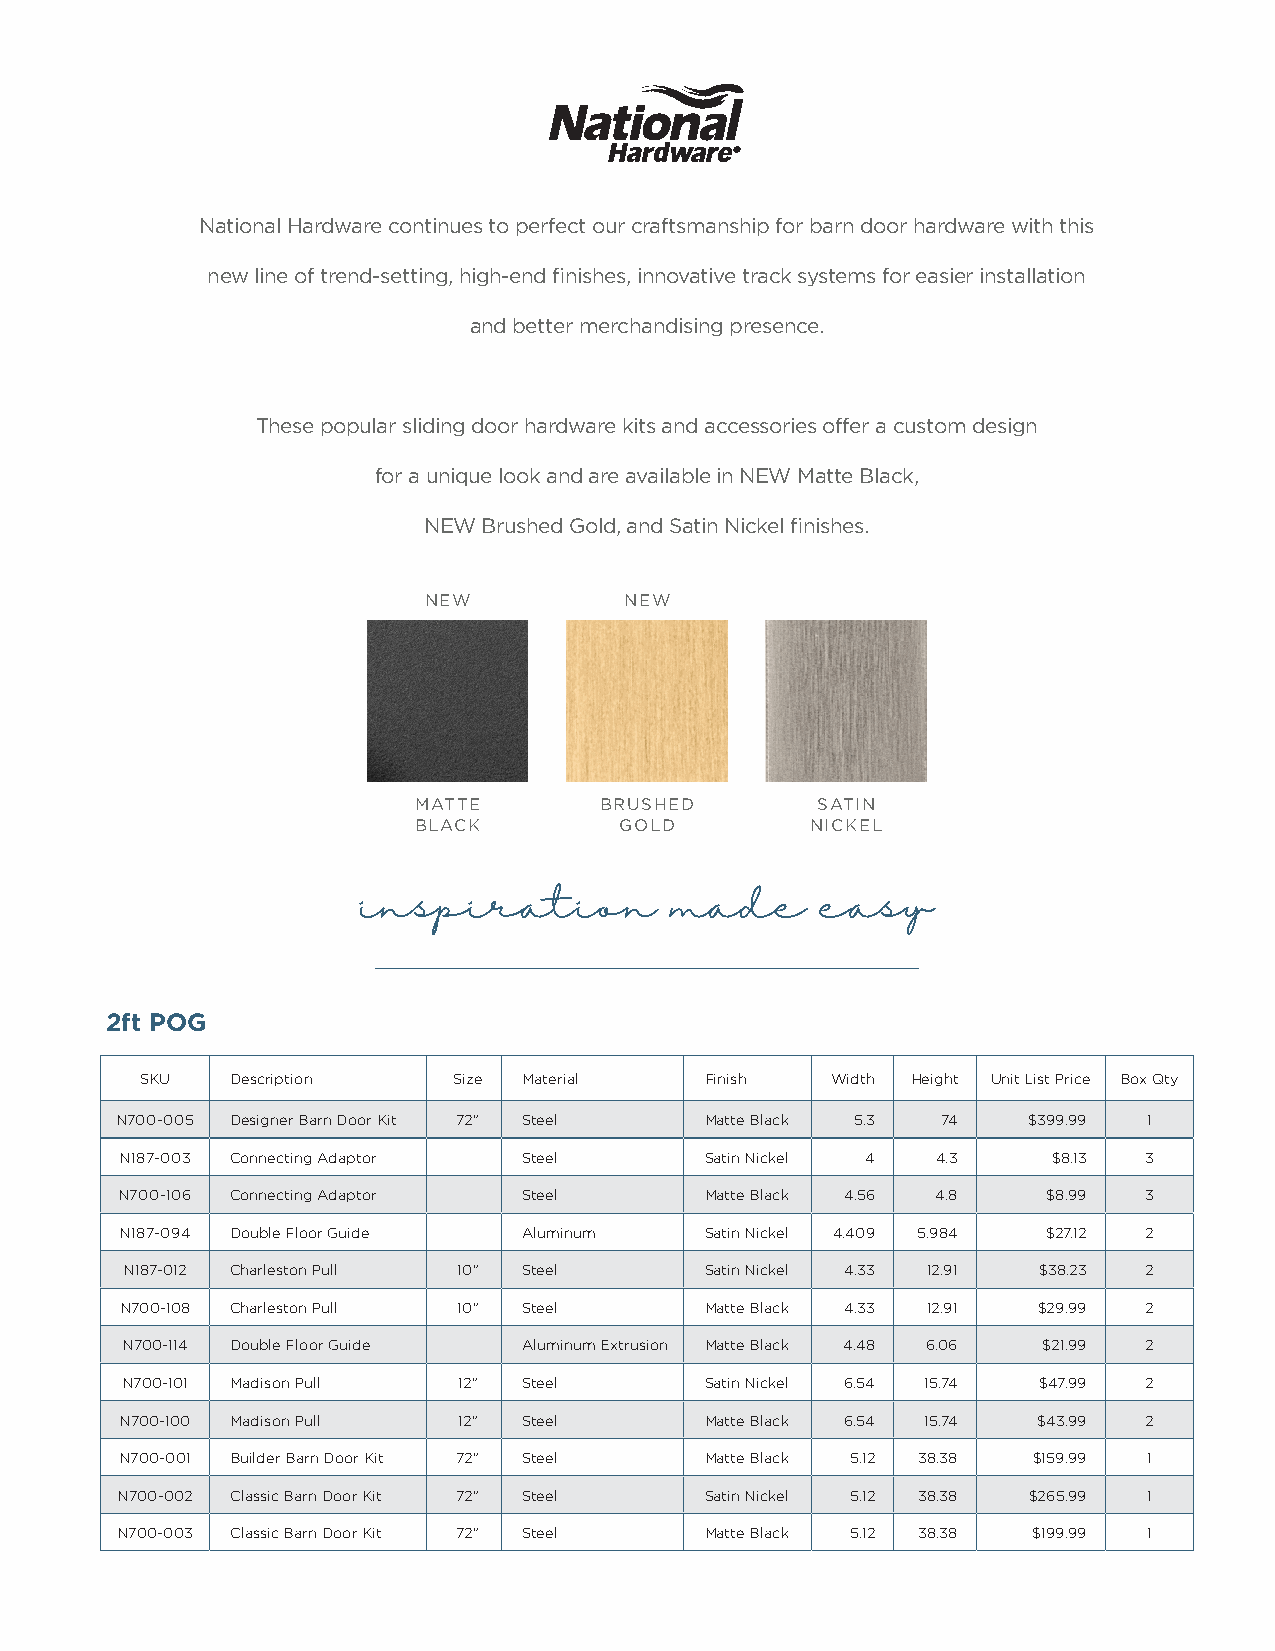
National Hardware continues to perfect our craftsmanship for barn door hardware with this
 new line of trend-setting, high-end finishes, innovative track systems for easier installation
 and better merchandising presence.
 These popular sliding door hardware kits and accessories offer a custom design
 for a unique look and are available in NEW Matte Black,
 NEW Brushed Gold, and Satin Nickel finishes.
 NEW          NEW
 MATTE        BRUSHED       SATIN
 BLACK         GOLD         NICKEL
 inspiration         made      easy
 2ft POG
 SKU   Description    Size Material    Finish  Width Height Unit List Price Box Qty
 N700-005 Designer Barn Door Kit 72" Steel Matte Black 5.3 74 $399.99 1
 N187-003 Connecting Adaptor Steel      Satin Nickel 4 4.3     $8.13 3
 N700-106 Connecting Adaptor Steel      Matte Black 4.56 4.8  $8.99  3
 N187-094 Double Floor Guide Aluminum   Satin Nickel 4.409 5.984 $27.12 2
 N187-012 Charleston Pull 10" Steel     Satin Nickel 4.33 12.91 $38.23 2
 N700-108 Charleston Pull 10" Steel     Matte Black 4.33 12.91 $29.99 2
 N700-114 Double Floor Guide Aluminum Extrusion Matte Black 4.48 6.06 $21.99 2
 N700-101 Madison Pull 12"  Steel       Satin Nickel 6.54 15.74 $47.99 2
 N700-100 Madison Pull 12"  Steel       Matte Black 6.54 15.74 $43.99 2
 N700-001 Builder Barn Door Kit 72" Steel Matte Black 5.12 38.38 $159.99 1
 N700-002 Classic Barn Door Kit 72" Steel Satin Nickel 5.12 38.38 $265.99 1
 N700-003 Classic Barn Door Kit 72" Steel Matte Black 5.12 38.38 $199.99 1